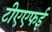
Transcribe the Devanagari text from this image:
टीएएफई